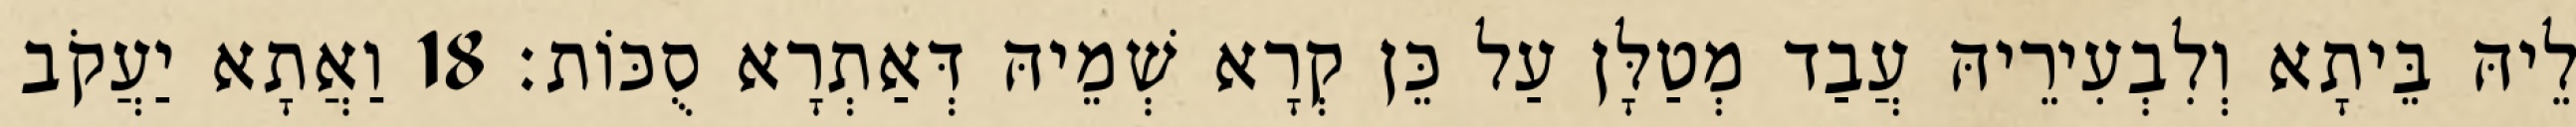
לֵיהּ בֵּיתָא וְלִבְעִירֵיהּ עֲבַד מְטַלָּן עַל כֵּן קְרָא שְׁמֵיהּ דְּאַתְרָא סֻכּוֹת׃ 18 וַאֲתָא יַעֲקֹב